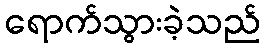
ရောက်သွားခဲ့သည်